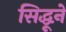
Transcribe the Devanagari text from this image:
सिद्धूने